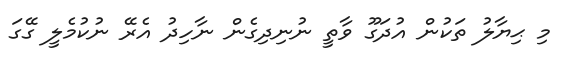
މި ޙިޔާލު ތަކުން އުދަގޫ ވާތީ ނުނިދިގެން ނާހިދު އެރޭ ނުކުމެލީ ގޭގަ